Vaccination in Burma 1889-1999 - 1889-1999
Year: 1889
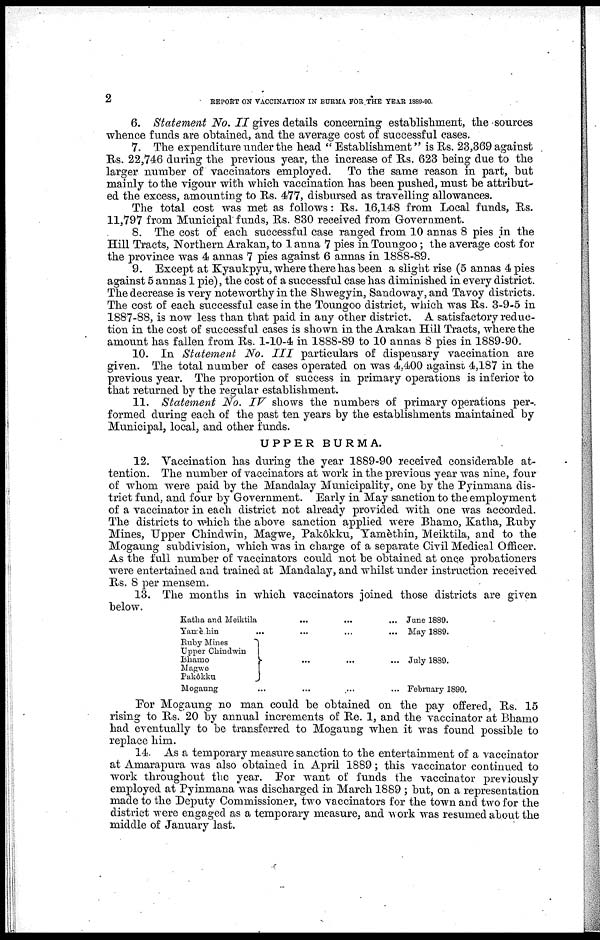
2
REPORT ON VACCINATION IN BURMA FOR THE YEAR 1889-90.
6. Statement No. II gives details concerning establishment, the sources
whence funds are obtained, and the average cost of successful cases.
7. The expenditure under the head " Establishment " is Rs. 23,369 against
Rs. 22,746 during the previous year, the increase of Rs. 623 being due to the
larger number of vaccinators employed. To the same reason in part, but
mainly to the vigour with which vaccination has been pushed, must be attribut-
ed the excess, amounting to Rs. 477, disbursed as travelling allowances.
The total cost was met as follows: Rs. 16,148 from Local funds, Rs.
11,797 from Municipal funds, Rs. 830 received from Government.
8. The cost of each successful case ranged from 10 annas 8 pies in the
Hill Tracts, Northern Arakan, to 1 anna 7 pies in Toungoo; the average cost for
the province was 4 annas 7 pies against 6 annas in 1888-89.
9. Except at Kyaukpyu, where there has been a slight rise (5 annas 4 pies
against 5 annas 1 pie), the cost of a successful case has diminished in every district.
The decrease is very noteworthy in the Shwegyin, Sandoway, and Tavoy districts.
The cost of each successful case in the Toungoo district, which was Rs. 3-9-5 in
1887-88, is now less than that paid in any other district. A satisfactory reduc-
tion in the cost of successful cases is shown in the Arakan Hill Tracts, where the
amount has fallen from Rs. 1-10-4 in 1888-89 to 10 annas 8 pies in 1889-90.
10. In Statement No. III particulars of dispensary vaccination are
given. The total number of cases operated on was 4,400 against 4,187 in the
previous year. The proportion of success in primary operations is inferior to
that returned by the regular establishment.
11. Statement No. IV shows the numbers of primary operations per-
formed during each of the past ten years by the establishments maintained by
Municipal, local, and other funds.
UPPER BURMA.
12. Vaccination has during the year 1889-90 received considerable at-
tention. The number of vaccinators at work in the previous year was nine, four
of whom were paid by the Mandalay Municipality, one by the Pyinmana dis-
trict fund, and four by Government. Early in May sanction to the employment
of a vaccinator in each district not already provided with one was accorded.
The districts to which the above sanction applied were Bhamo, Katha, Ruby
Mines, Upper Chindwin, Magwe, Pakôkku, Yamèthin, Meiktila, and to the
Mogaung subdivision, which was in charge of a separate Civil Medical Officer.
As the full number of vaccinators could not be obtained at once probationers
were entertained and trained at Mandalay, and whilst under instruction received
Rs. 8 per mensem.
13. The months in which vaccinators joined those districts are given
below.
Katha and Meiktila
...
...
...
Yamèihin
...
...
...
...
Ruby Mines
Upper Chindwin
Bhamo
Magwe
Pakôkku
... ... ...
Mogaung ... ... ... ...
June 1889.
May 1889.
July 1889.
February 1890.
For Mogaung no man could be obtained on the pay offered, Rs. 15
rising to Rs. 20 by annual increments of Re. 1, and the vaccinator at Bhamo
had eventually to be transferred to Mogaung when it was found possible to
replace him.
14. As a temporary measure sanction to the entertainment of a vaccinator
at Amarapura was also obtained in April 1889; this vaccinator continued to
work throughout the year. For want of funds the vaccinator previously
employed at Pyinmana was discharged in March 1889 ; but, on a representation
made to the Deputy Commissioner, two vaccinators for the town and two for the
district were engaged as a temporary measure, and work was resumed about the
middle of January last.